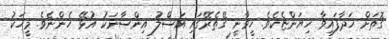
ގޮތަށް ހަދާފައިވާ ހިޔަންޏެކެވެ. ހީވާނީ ގޭތެރޭގައި އަސްލު އިންސާނަކު އުޅޭ ހެންނެވެ. މީހަކު